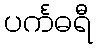
ပင်္ကဓရီ